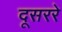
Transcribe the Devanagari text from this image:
दूसररे